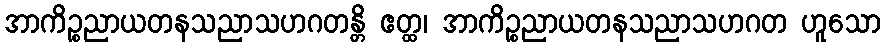
အာကိဉ္စညာယတနသညာသဟဂတန္တိ ဧတ္ထ၊ အာကိဉ္စညာယတနသညာသဟဂတ ဟူသော